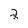
Character: 2